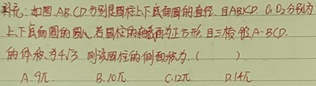
9. 如图，\(AB\)，\(CD\)分别是圆柱上下底面圆的直径，\(\overparen {AB}\)，\(\overparen {CD}\)分别为上下底面圆的\(\frac{1}{4}\)圆周，圆柱的高为\(2\)，且三棱锥\(A - BCD\)的体积为\(\frac{4}{3}\)，则该圆柱的侧面积为（  ）
A.\(\pi\)
B.\(2\pi\)
C.\(4\pi\)
D.\(16\pi\)